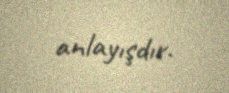
anlayışdır.